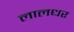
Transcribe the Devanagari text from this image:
लालधर